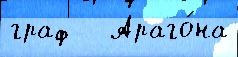
граф   Араго́на